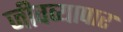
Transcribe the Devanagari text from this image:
जीवव्यापार